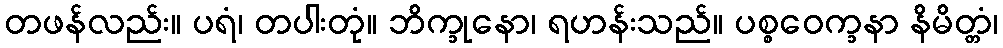
တဖန်လည်း။ ပရံ၊ တပါးတုံ။ ဘိက္ခုနော၊ ရဟန်းသည်။ ပစ္စဝေက္ခနာ နိမိတ္တံ၊